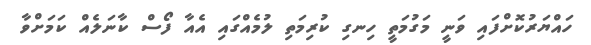
ހައްޔަރުކޮށްފައި ވަނީ މަގުމަތީ ހިނގި ކުރިމަތި ލުމެއްގައި އެއާ ފޯސް ކާނަލެއް ކަމަށްވާ